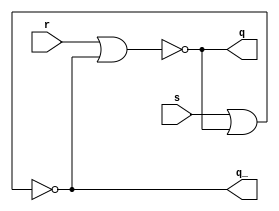
/* CSED273 lab5 experiment 2 */
/* lab5_2.v */

`timescale 1ns / 1ps

/* Implement srLatch */
module srLatch(
    input s, r,
    output q, q_
    );

    ////////////////////////
    nor(q, r, q_);
    nor(q_, s, q);
    ////////////////////////

endmodule

/* Implement master-slave JK flip-flop with srLatch module */
module lab5_2(
    input reset_n, j, k, clk,
    output q, q_
    );

    ////////////////////////
    wire r1, s1, r2, s2, r3, s3, p, p_;
    
    and(r1, q, k, clk);
    and(s1, q_, j, clk);
    
    or(r2, ~reset_n, r1);
    and(s2, reset_n, s1);
    
    srLatch master(s2, r2, p, p_);
    
    and(r3, p_, ~clk);
    and(s3, p, ~clk);
    
    srLatch slave(s3, r3, q, q_);
    
    ////////////////////////
    
endmodule